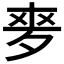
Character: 𡖘